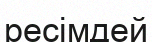
ресімдей